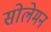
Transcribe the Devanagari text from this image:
सोलेमन